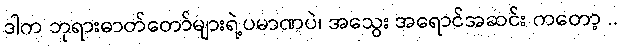
ဒါက ဘုရားဓာတ်တော်များရဲ့ပမာဏပဲ၊ အသွေး အရောင်အဆင်း ကတော့ ..